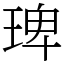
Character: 琕